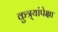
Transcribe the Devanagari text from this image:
कुत्र्यांपेक्षा